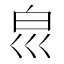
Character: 𰤔